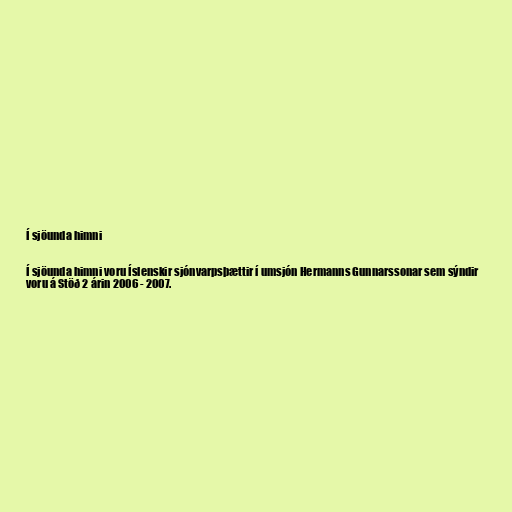
Í sjöunda himni

Í sjöunda himni voru Íslenskir sjónvarpsþættir í umsjón Hermanns Gunnarssonar sem sýndir
voru á Stöð 2 árin 2006 - 2007.